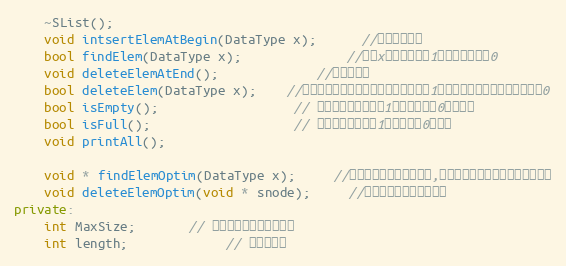
Language: C++
    ~SList();
    void intsertElemAtBegin(DataType x);      //头部插入节点
    bool findElem(DataType x);              //查找x，存在则返回1，不存在则返回0
    void deleteElemAtEnd();             //删除尾节点
    bool deleteElem(DataType x);    //删除指定节点，如果存在则删除，返回1，如果不存在，则删除失败返回0
    bool isEmpty();                  // 查看链表是否为空，1表示不为空，0表示为空
    bool isFull();                   // 查看链表是否满，1表示不满，0表示满
    void printAll();

    void * findElemOptim(DataType x);     //针对此应用的优化，查找,返回指定元素的前一个节点的指针
    void deleteElemOptim(void * snode);     //针对此应用的优化，删除
private:
    int MaxSize;       // 链表可以存放最大的数据
    int length;             // 链表的长度